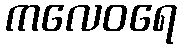
ကလေဝရေ